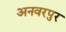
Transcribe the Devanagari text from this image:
अनवरपुर